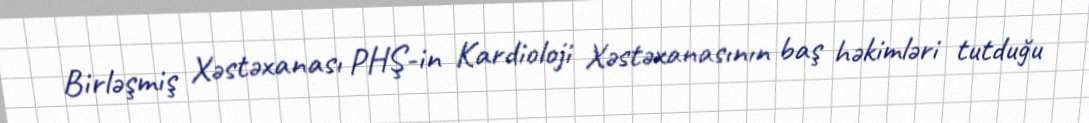
Birləşmiş Xəstəxanası PHŞ-in Kardioloji Xəstəxanasının baş həkimləri tutduğu